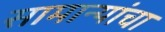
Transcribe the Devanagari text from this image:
सामान्यांचा